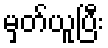
မှတ်ယူပြီး